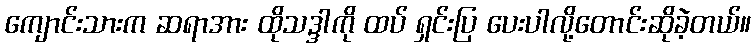
ကျောင်းသားက ဆရာအား ထိုသဒ္ဒါကို ထပ် ရှင်းပြ ပေးပါလို့တောင်းဆိုခဲ့တယ်။